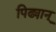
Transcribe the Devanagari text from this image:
पिढ्यान्‌